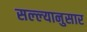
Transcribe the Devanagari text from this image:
सल्ल्‍यानुसार